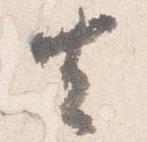
去